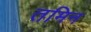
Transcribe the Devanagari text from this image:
तमिन